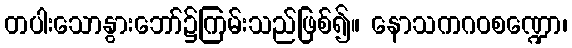
တပါးသောနွားဘော်၌ကြမ်းသည်ဖြစ်၍။ နောသကဂဝစဏ္ဍော၊